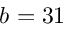
b = 3 1